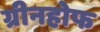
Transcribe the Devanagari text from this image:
ग्रीनहोफ